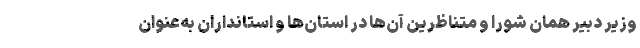
وزیر دبیر همان شورا و متناظرین آن‌ها در استان‌ها و استانداران به‌عنوان